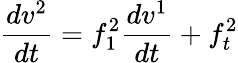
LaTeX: \frac{dv^{2}}{dt}=f_{1}^{2}\frac{dv^{1}}{dt}+f_{t}^{2}